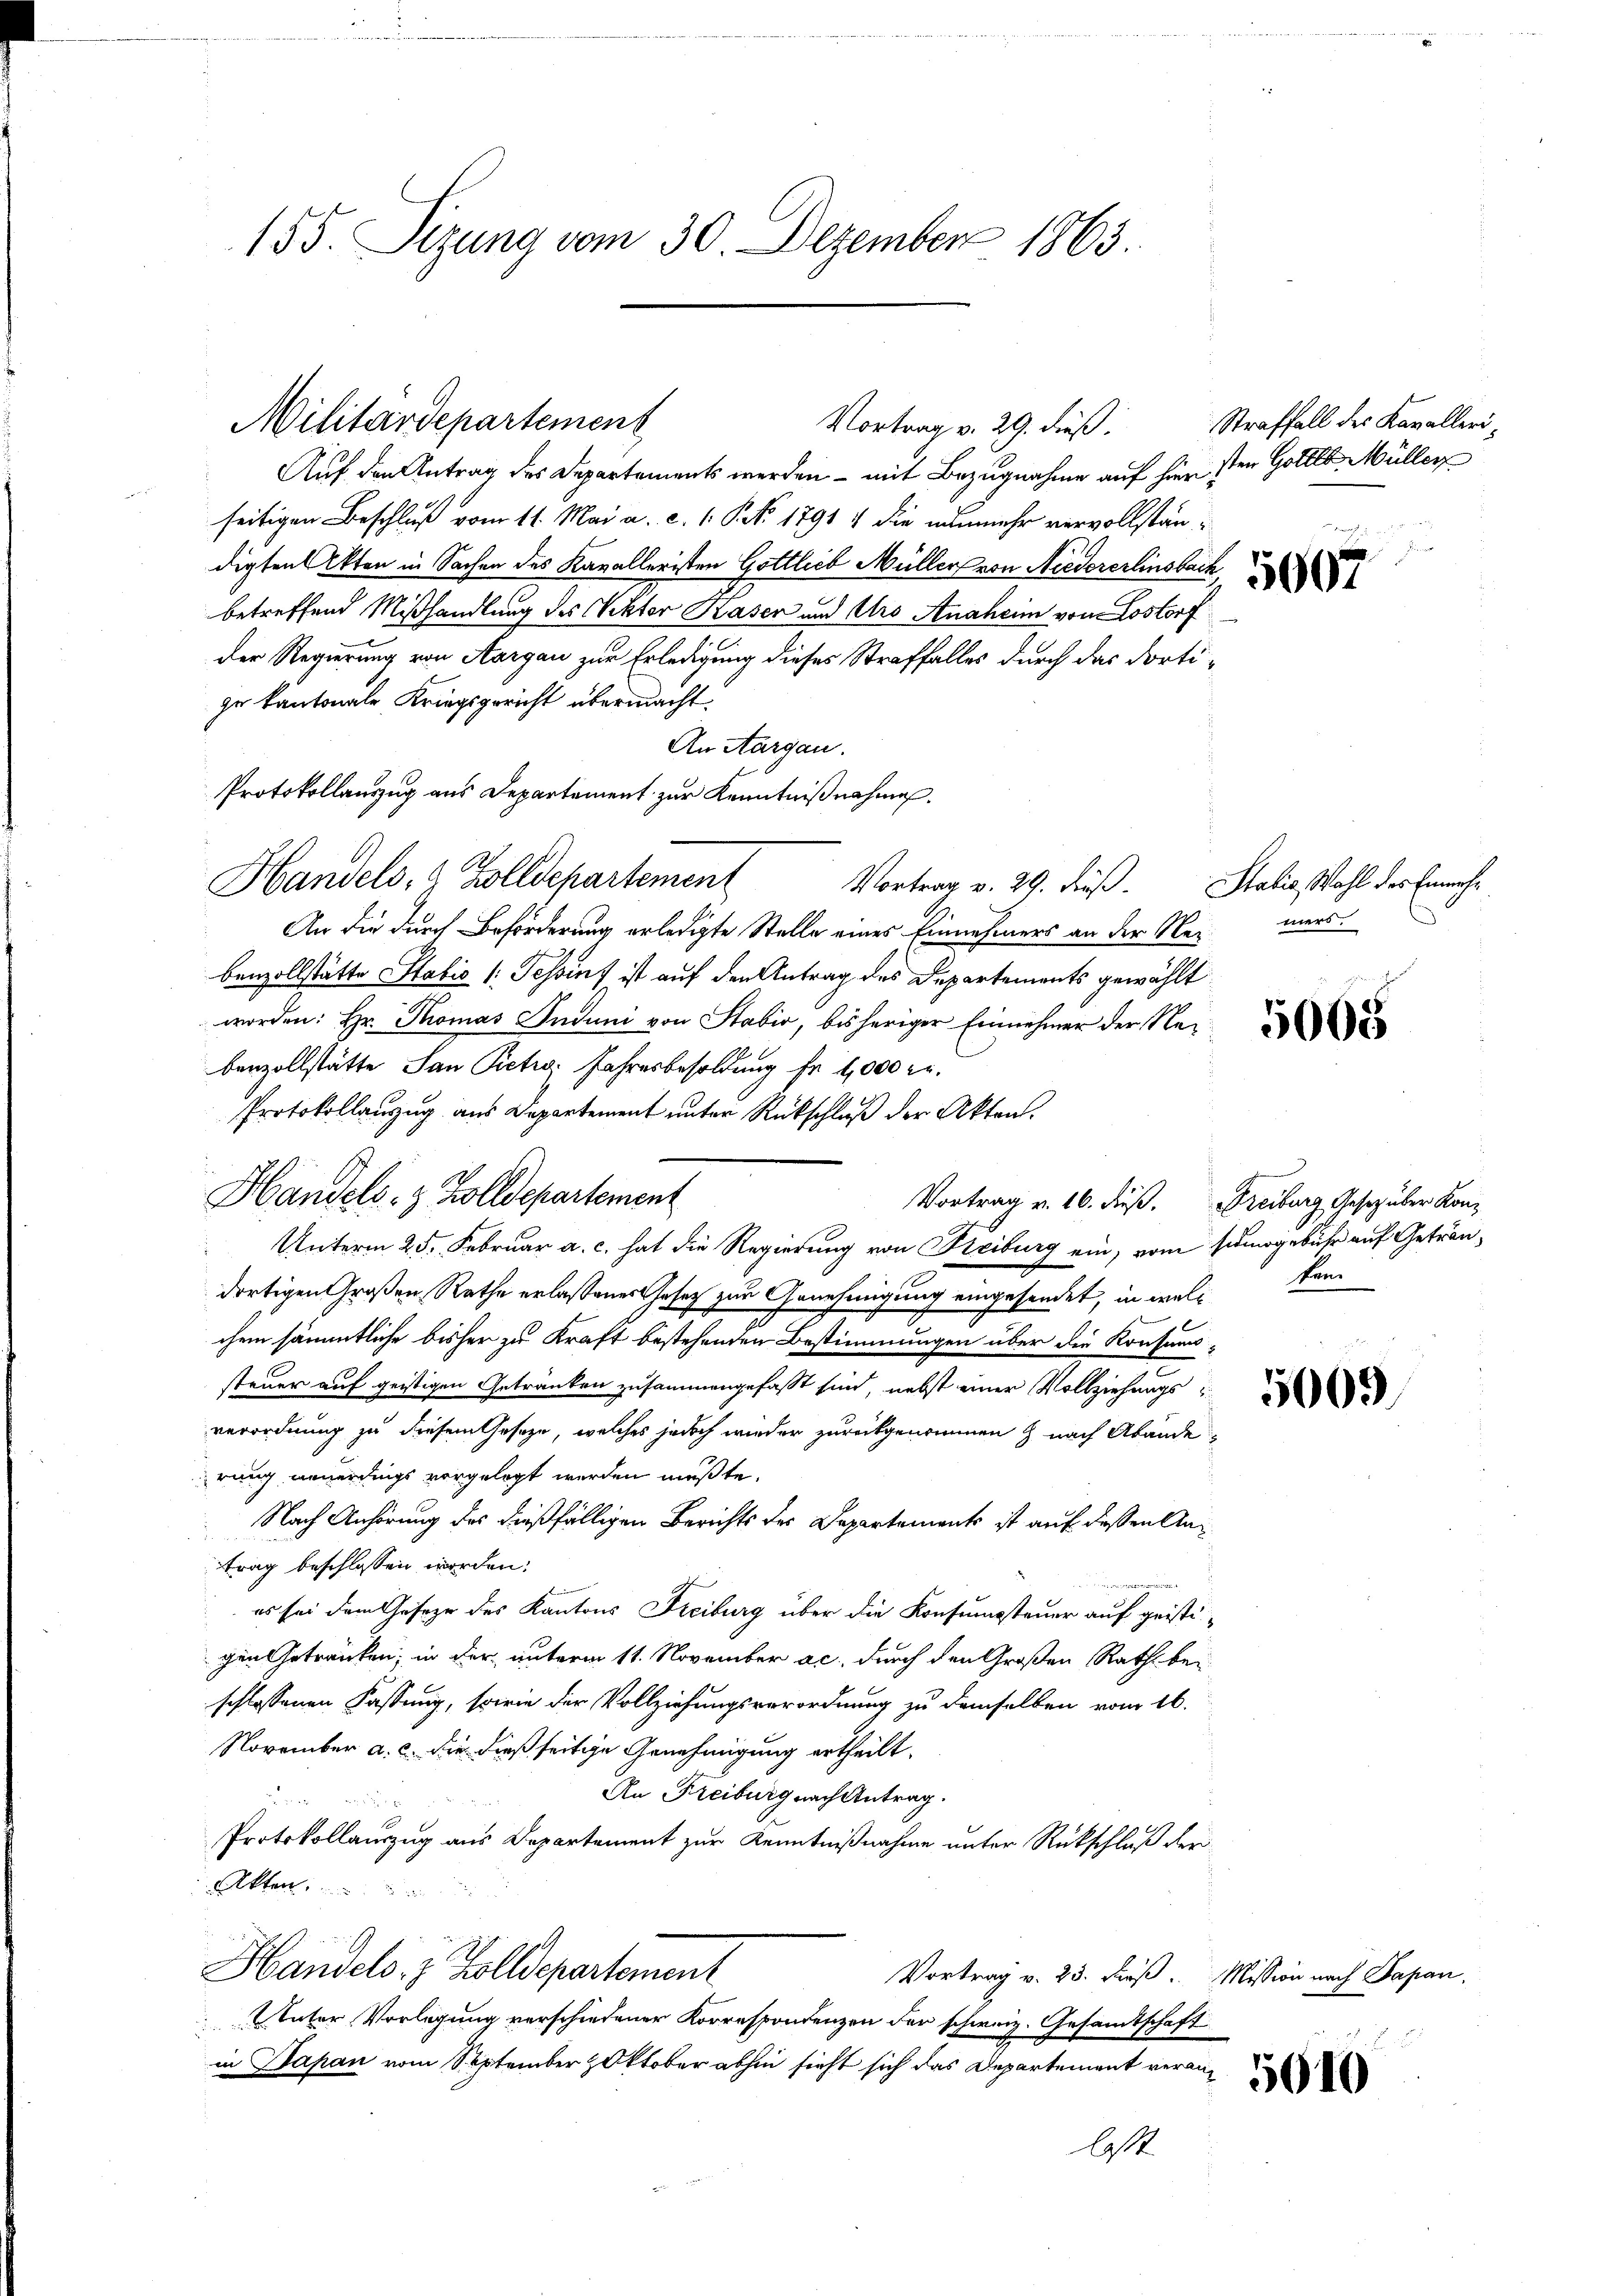
155. Sizung vom 30. Dezember 1863.

Auf den Antrag des Departements werden – mit Bezugnahme auf hier sten Gottlo Müller
seitigen Beschluß vom 11. Mai a. c. (: P. Nr. 1791 : die nunmehr vervollständigten Akten in Sachen des Kanalleristen Gottlieb Müller von Niedererlinsbach
betreffend Mißhandlung des Rektor Kasen und Urs Anaheim von Lostorf
der Regierung von Aargau zur Erledigung dieses Straffalles durch das dortige kantonale Kriegsgericht übermacht.
An Aargau.
Protokollauszug aus Departement zur Kenntnißnahmen.
Handels, 6 Zolldepartement
Vortrag v. 29. dieß. Statis, Wahl des Einnah¬
An die durch Beförderung erledigte Stelle eines Einnehmers an der Nebenzollstätte Stabis 1. Tessint ist auf den Antrag des Departements gewählt
worden: Hr. Thomas Induni von Stabio, bisheriger Einnehmer der Rebenzollstätte San Pietiv: Jahresbesoldung fr 4,000 fr.
Protokollanzug aus Departement unter Rückschluß der Akten.
Handels- & Zolldepartement
Unterm 25. Februar a. c. hat die Regierung von Kreiburg ein, vom sinogebühr auf Geträndortigen Großen Rathe erlaßenes Gesetz zur Genehmigung eingesendet, in welchem sämmtliche bisher zu Kraft bestehenden Bestimmungen über die Konsums-
steuer auf geistigen Getränken zusammengefasst sind, nebst einer Vollziehungsverordnung zu diesem Geseze, welches jedoch wieder zurückgenommen & nach Abänderung neuerdings vorgelegt werden müßte.
Nach Anhörung des dießfälligen Berichts des Departements ist auf dessen Antrag beschlossen worden.
es sei dem Geseze des Kantons Freiburg über die Konsumsteuer auf geisti-
gen Getränken; in der unterm 11. November ac. durch den Großen Rath bei
schlossenen Fassung, sowie der Vollziehungsverordnung zu demselben vom 16.
November a. c. die dießseitige Genehmigung ertheilt.
An Freiburg nach Antrag.

Protokollauszug aus Departement zur Kenntnißnahme unter Rückschluß der
Akten
Handels- & Zolldepartement
Vortrag v. 25. Fuß. Mission nach Papan
 Unter Vorlegung verschiedener Korrespondenzen der schweiz. Gesandtschaft
in Japan vom September Oktober abhin sieht sich das Departement veran¬
A

Militärdepartement

Vortrag v. 29. dieß Straffall des Kavalleri¬

5007

mers.

5005

Vortrag v. 16. dieß. Freiburg, Gesetz über Konken.

5000.